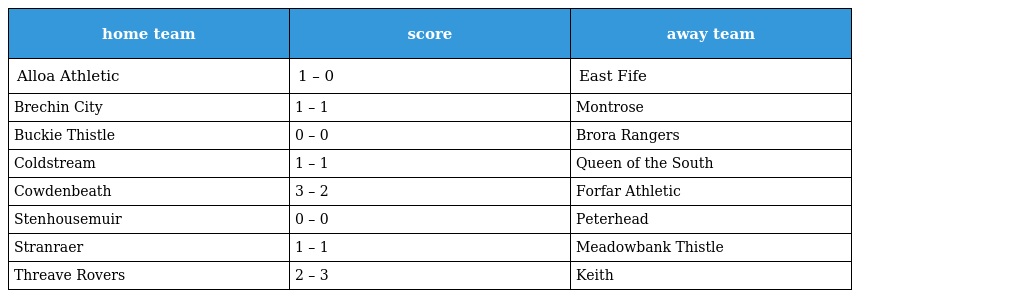
| home team | score | away team |
 | --- | --- | --- |
 | Alloa Athletic | 1 – 0 | East Fife |
 | Brechin City | 1 – 1 | Montrose |
 | Buckie Thistle | 0 – 0 | Brora Rangers |
 | Coldstream | 1 – 1 | Queen of the South |
 | Cowdenbeath | 3 – 2 | Forfar Athletic |
 | Stenhousemuir | 0 – 0 | Peterhead |
 | Stranraer | 1 – 1 | Meadowbank Thistle |
 | Threave Rovers | 2 – 3 | Keith |